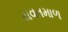
યવતમાળ